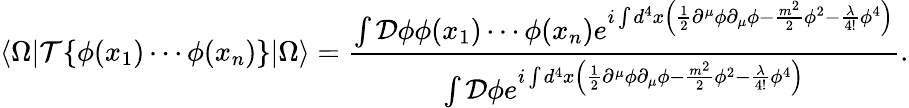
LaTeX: \langle\Omega|{\mathcal{T}}\{ {\phi}(x_{1})\cdots{\phi}(x_{n})\} |\Omega\rangle={\frac{\int{\mathcal{D}}\phi\phi(x_{1})\cdots\phi(x_{n})e^{i\int d^{4}x\left({\frac{1}{2}}\partial^{\mu}\phi\partial_{\mu}\phi-{\frac{m^{2}}{2}}\phi^{2}-{\frac{\lambda}{4!}}\phi^{4}\right)}}{\int{\mathcal{D}}\phi e^{i\int d^{4}x\left({\frac{1}{2}}\partial^{\mu}\phi\partial_{\mu}\phi-{\frac{m^{2}}{2}}\phi^{2}-{\frac{\lambda}{4!}}\phi^{4}\right)}}}.